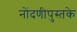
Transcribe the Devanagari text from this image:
नोंदणीपुस्तके